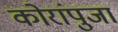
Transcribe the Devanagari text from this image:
कोरांपुजा